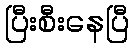
ပြီးစီးနေပြီ